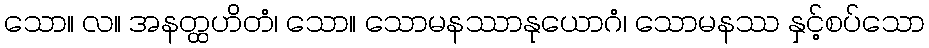
သော။ လ။ အနတ္ထဟိတံ၊ သော။ သောမနဿာနုယောဂံ၊ သောမနဿ နှင့်စပ်သော